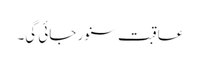
عاقبت سنور جائی گی۔